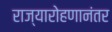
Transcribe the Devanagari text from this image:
राज्यारोहणानंतर